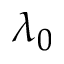
\lambda _ { 0 }